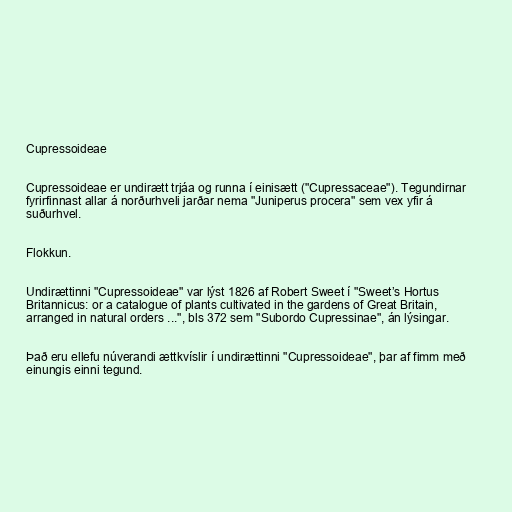
Cupressoideae

Cupressoideae er undirætt trjáa og runna í einisætt ("Cupressaceae"). Tegundirnar
fyrirfinnast allar á norðurhveli jarðar nema "Juniperus procera" sem vex yfir á
suðurhvel.

Flokkun.

Undirættinni "Cupressoideae" var lýst 1826 af Robert Sweet í "Sweet’s Hortus
Britannicus: or a catalogue of plants cultivated in the gardens of Great Britain,
arranged in natural orders ...", bls 372 sem "Subordo Cupressinae", án lýsingar.

Það eru ellefu núverandi ættkvíslir í undirættinni "Cupressoideae", þar af fimm með
einungis einni tegund.